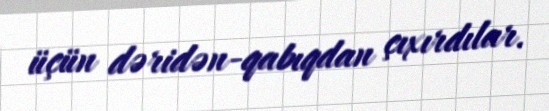
üçün dəridən-qabıqdan çıxırdılar.